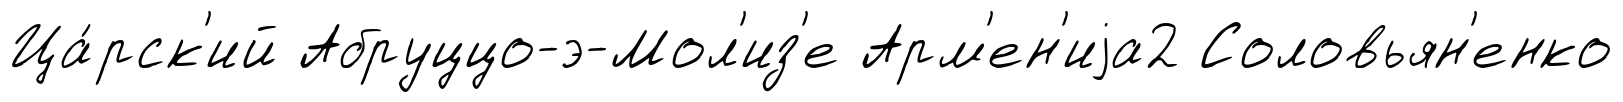
Ца́рск'ий Абруццо-э-Мол'из'е Арм'ен'иjа2 Соловьян'енко